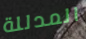
المدللة